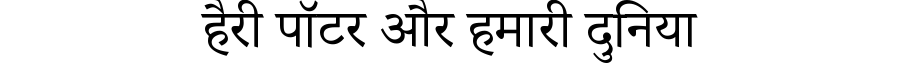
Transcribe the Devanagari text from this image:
हैरी पॉटर और हमारी दुनिया